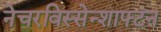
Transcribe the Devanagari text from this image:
नेचरविस्सेन्शाफ्टन